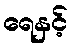
ရေနှင့်